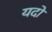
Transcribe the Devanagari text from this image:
यदो